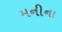
મનીના